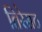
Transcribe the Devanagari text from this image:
तिरेसठ